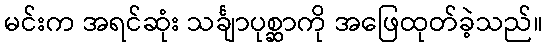
မင်းက အရင်ဆုံး သင်္ချာပုစ္ဆာကို အဖြေထုတ်ခဲ့သည်။